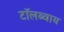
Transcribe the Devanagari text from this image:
टाॅलब्वाय